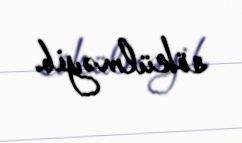
sökülməyib.